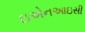
ઇએનઆઇસી